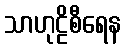
သာဟုဠိစီရေန